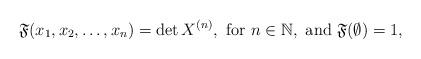
LaTeX: \begin{align*} \mathfrak{F}(x_{1},x_{2},\dots,x_{n})=\det X^{(n)}, \mbox{ for } n\in\mathbb{N},\mbox{ and } \mathfrak{F}(\emptyset)=1,\end{align*}